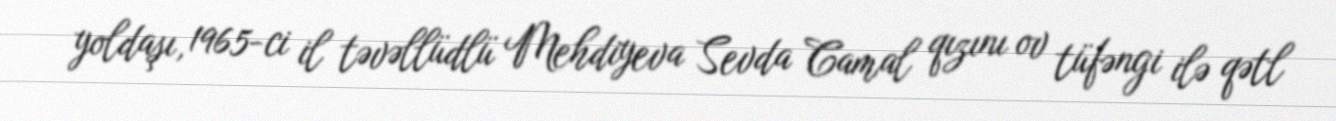
yoldaşı, 1965-ci il təvəllüdlü Mehdiyeva Sevda Camal qızını ov tüfəngi ilə qətl